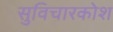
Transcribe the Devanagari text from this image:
सुविचारकोश